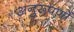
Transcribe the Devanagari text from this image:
अनुरूपणों